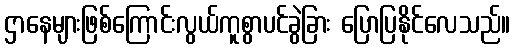
ဌာနေများဖြစ်ကြောင်းလွယ်ကူစွာပင်ခွဲခြား ပြောပြနိုင်လေသည်။